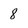
Character: 8